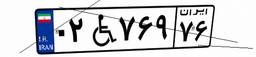
۲۶W۹۳۸۱۲